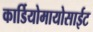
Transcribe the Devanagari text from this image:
कार्डियोमायोसाईट